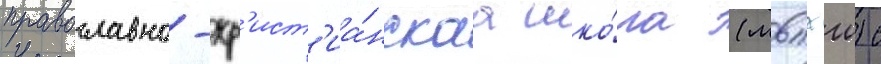
православно-хр'ист'иа́нскаа шко́ла (мвпхш) с